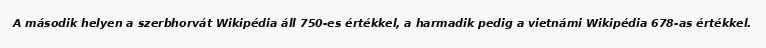
A második helyen a szerbhorvát Wikipédia áll 750-es értékkel, a harmadik pedig a vietnámi Wikipédia 678-as értékkel.